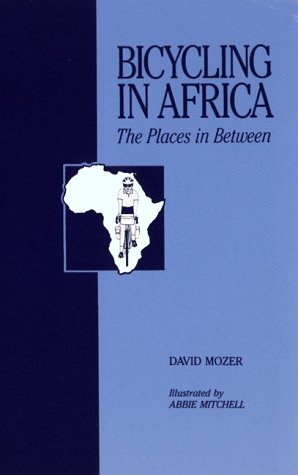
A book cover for Bicycling in Africa: The Places in Between; David Mozer; Travel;